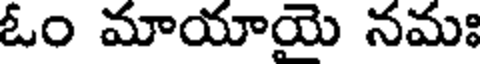
ఓం మాయాయె నమః